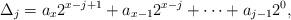
LaTeX: \begin{align*}\Delta_j = a_{x} 2^{x-j+1} + a_{x-1} 2^{x-j} + \cdots + a_{j-1} 2^0, \end{align*}